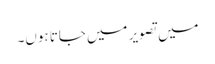
میں تصویر میں جاتا ہوں۔